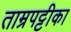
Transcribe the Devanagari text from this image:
ताम्रपट्टीका